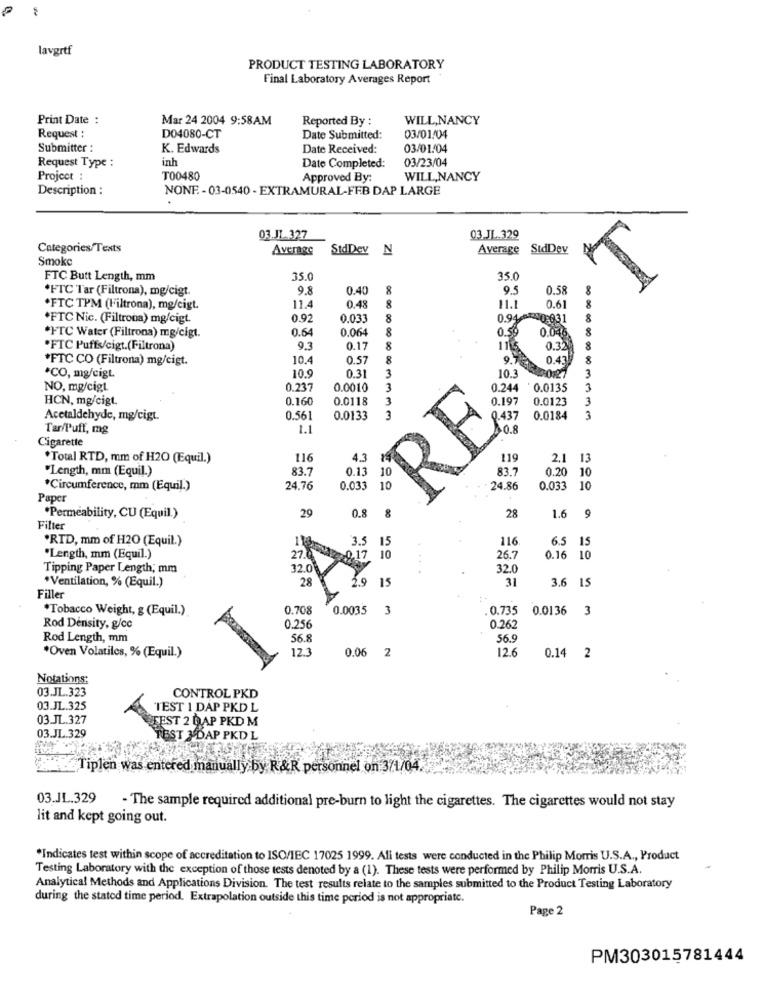
lavgrtf
PRODUCT TESTING LABORATORY
Final Laboratory Averages Report
Print Date :
Mar 24 2004 9:58AM
Reported By :
WILL,NANCY
Request :
DO4080-CT
Date Submitted:
03/01/04
Submitter :
K. Edwards
Date Received:
03/01/04
inh
03/23/04
Request Type :
Date Completed:
Project :
T00480
Approved By:
WILL,NANCY
Description :
NONF - 03-0540 - EXTRAMURAL-FEB DAP LARGE
03 JI.327
03 JL.329
Categories/Texts
Average
StdDev N
Average
StdDey
Smoke
FTC Butt Length, mm
35.0
35.0
*FTC Tar (Filtrona), mg/cigt.
9.8
0.40
8
0.58
8
11.
&
0.61
.FTC TPM (Filtrona), mg/cigt.
0.48
11.1
*FTC Nic. (Filtrona) mg/cigt.
0.9
0.033
8
0.94€
0:031
8
*FTC Water (Filtrona) mg/cigt.
0.64
0.064
8
0.59
00
0.045.
*FTC Puffs/cigt.(Filtrona)
9.3
0.17
8
1115
0.3
*FTC CO (Filtrona) mg/cigt.
10.4
0.57
8
9.7.
0.43
8
3
10.3
*CO, mg/cigt.
10.5
0.31
NO, mg/cigt
1.237
0.0010
3
0.244
:0.0135
3
HCN, mg/cigt.
0.160
0.0118
3
0.197
0.0123
3
Acetaldehyde, mg/cigt.
0.561
0.0133
3
0.437
0.0184
3
Tar/Puff, mg
1.1
RE
0.8
Cigarette
.Total RTD, mm of H2O (Equil.)
116
4.3
119
2.1 13
"Length, mm (Equil.)
83.7
0.13
83.7
0.20 10
*Circumference, mm (Equil.)
24.76
0.033
10
24.86
0.033 10
Paper
&
*Permeability, CU (Equil.)
29
0.8
28
1.6 9
Filter
'RTD, mm of H2O (Equil.)
3.5 15
116
6.5 15
.Length, mm (Equil.)
27.0
2017 10
...
26.7
0.16 10
Tipping Paper Length, mm
32.0
28
4
15
31
3.6 15
*Ventilation, % (Equil.)
1.9
Filler
*Tobacco Weight, g (Equil.)
0.708
0.0035
3
0.735
0.0136 3
Rod Density, g/cc
0.256
0.262
Rod Length, mm
56.8
56.
12.3
0.06
2
12.6
0.14
*Oven Volatiles, % (Equil.)
2
Notations:
03.JL.323
CONTROL PKD
03.JL.325
TEST 1 DAP PKD L
03.JL.327
FEST 2 DAP PKD M
03.JL.329
T 3 DAP PKD L
Tiplen was entered manually by R&R personnel on 371/04.
03.JL.329
- The sample required additional pre-burn to light the cigarettes. The cigarettes would not stay
lit and kept going out.
*Indicates test within scope of accreditation to ISO/IEC 17025 1999. Ali tests were conducted in the Philip Morris U.S.A ., Product
Testing Laboratory with the exception of those tests denoted by a (1). These tests were performed by Philip Morris U.S.A.
Analytical Methods and Applications Division. The test results relate to the samples submitted to the Product Testing Laboratory
during the stated time period. Extrapolation outside this time period is not appropriate.
Page 2
PM303015781444